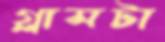
গ্লাসটা